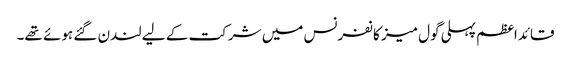
قائداعظم پہلی گول میز کانفرنس میں شرکت کے لیے لندن گئے ہوئے تھے۔